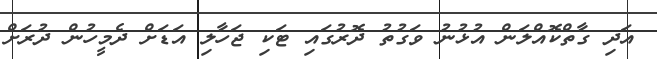
އަދި ގާތްކޮއްލަން އުޅުނު ވަގުތު ދޮރުގައި ޓަކި ޖަހާލި އަޑަށް ދެމީހުން ދުރަށް